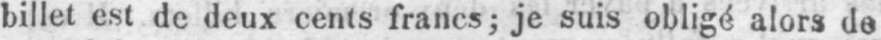
billet est de deux cents francs; je suis obligé alors de